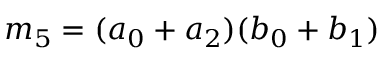
m _ { 5 } = ( a _ { 0 } + a _ { 2 } ) ( b _ { 0 } + b _ { 1 } )